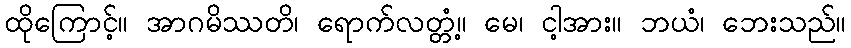
ထိုကြောင့်။ အာဂမိဿတိ၊ ရောက်လတ္တံ့။ မေ၊ ငါ့အား။ ဘယံ၊ ဘေးသည်။